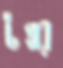
টপ্পর